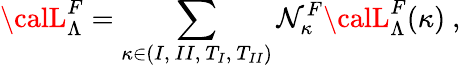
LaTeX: {\calL}_{\Lambda}^{F}=\sum_{\kappa\in{(I,~II,~T_{I},~T_{II})}}\mathcal{N}_{\kappa}^{F}{\calL}_{\Lambda}^{F}(\kappa)~,